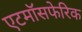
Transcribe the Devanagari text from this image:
एटमॉसफेरिक